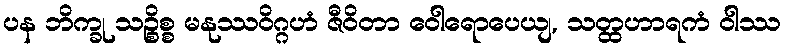
ပန ဘိက္ခု သဉ္စိစ္စ မနုဿဝိဂ္ဂဟံ ဇီဝိတာ ဝေါရောပေယျ, သတ္ထဟာရကံ ဝါဿ